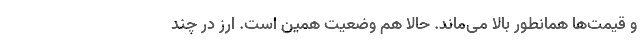
و قیمت‌ها همانطور بالا می‌ماند. حالا هم وضعیت همین است. ارز در چند